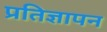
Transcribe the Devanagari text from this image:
प्रतिज्ञापन